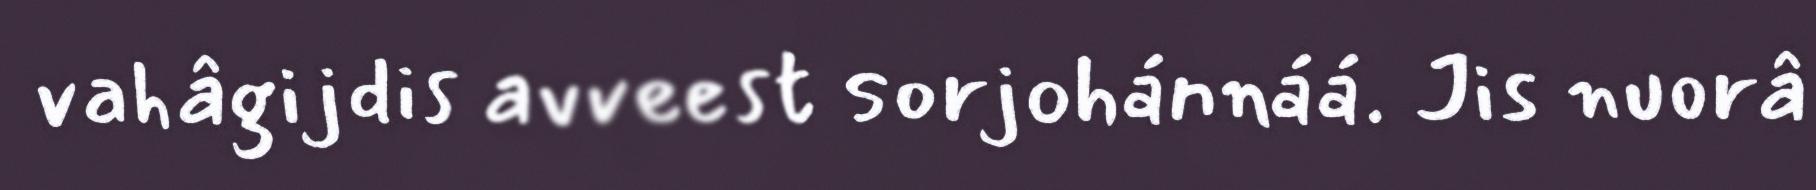
vahâgijdis avveest sorjohánnáá. Jis nuorâ